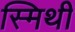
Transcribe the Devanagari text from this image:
स्मिथी